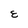
Character: E